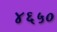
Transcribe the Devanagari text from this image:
४६५०